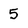
Character: 5